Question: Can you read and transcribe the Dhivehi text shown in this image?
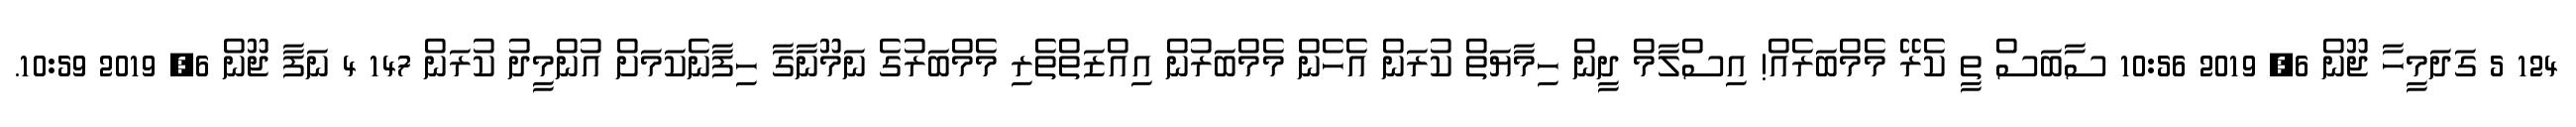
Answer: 124 5 ގަދަމީހާ ޖޫން 6, 2019 10:56 ސާބަސް ތީ ކެރޭ މެމްބަރެއް! އިސްލާމް ދީން ހިމާޔަތް ކުރަން އެހެން މެމްބަރުން އިއްޒަތްތެރި މެމްބަރުގެ ނަމޫނާގާ ހިފާނެކަމަށް އުންމީދު ކުރަން 147 4 ނަފާ ޖޫން 6, 2019 10:59.